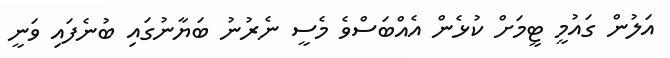
އަލުން ގައުމީ ޓީމަށް ކުޅެން އެއްބަސްވެ މެސީ ނެރުނު ބަޔާނުގައި ބުނެފައި ވަނީ